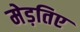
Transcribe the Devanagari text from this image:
मेड़तिए